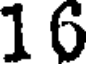
1 6